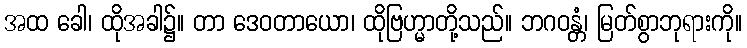
အထ ခေါ၊ ထိုအခါ၌။ တာ ဒေဝတာယော၊ ထိုဗြဟ္မာတို့သည်။ ဘဂဝန္တံ၊ မြတ်စွာဘုရားကို။